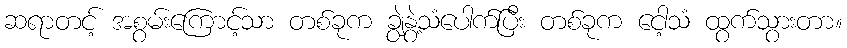
ဆရာတင့် အစွမ်းကြောင့်သာ တစ်ခုက ချွဲနွဲ့သံပေါက်ပြီး တစ်ခုက ငေါ့သံ ထွက်သွားတာ။